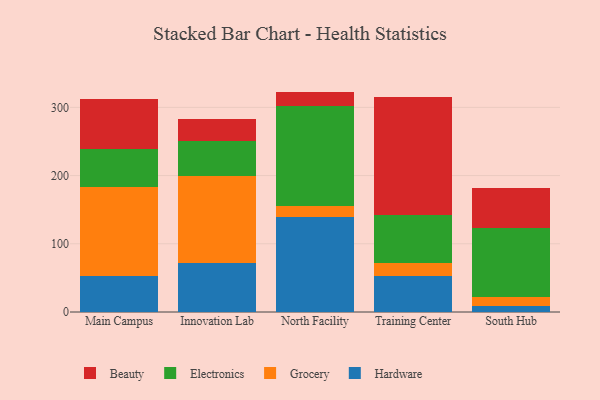
{"axis": {"x": "Campus", "y": "Temperature (°C)"}, "legend": ["Beauty", "Electronics", "Grocery", "Hardware"], "data": [{"x": "Main Campus", "y": 53.1, "type": "Hardware"}, {"x": "Main Campus", "y": 130.5, "type": "Grocery"}, {"x": "Main Campus", "y": 55.3, "type": "Electronics"}, {"x": "Main Campus", "y": 73.0, "type": "Beauty"}, {"x": "Innovation Lab", "y": 71.2, "type": "Hardware"}, {"x": "Innovation Lab", "y": 128.7, "type": "Grocery"}, {"x": "Innovation Lab", "y": 50.8, "type": "Electronics"}, {"x": "Innovation Lab", "y": 32.7, "type": "Beauty"}, {"x": "North Facility", "y": 139.4, "type": "Hardware"}, {"x": "North Facility", "y": 15.3, "type": "Grocery"}, {"x": "North Facility", "y": 147.1, "type": "Electronics"}, {"x": "North Facility", "y": 21.3, "type": "Beauty"}, {"x": "Training Center", "y": 53.3, "type": "Hardware"}, {"x": "Training Center", "y": 18.1, "type": "Grocery"}, {"x": "Training Center", "y": 71.2, "type": "Electronics"}, {"x": "Training Center", "y": 171.9, "type": "Beauty"}, {"x": "South Hub", "y": 8.5, "type": "Hardware"}, {"x": "South Hub", "y": 13.6, "type": "Grocery"}, {"x": "South Hub", "y": 101.0, "type": "Electronics"}, {"x": "South Hub", "y": 58.6, "type": "Beauty"}]}